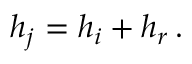
\begin{array} { r } { h _ { j } = h _ { i } + h _ { r } \, . } \end{array}